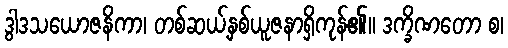
ဒွါဒသယောဇနိကာ၊ တစ်ဆယ့်နှစ်ယူဇနာရှိကုန်၏။ ဒက္ခိဏတော စ၊